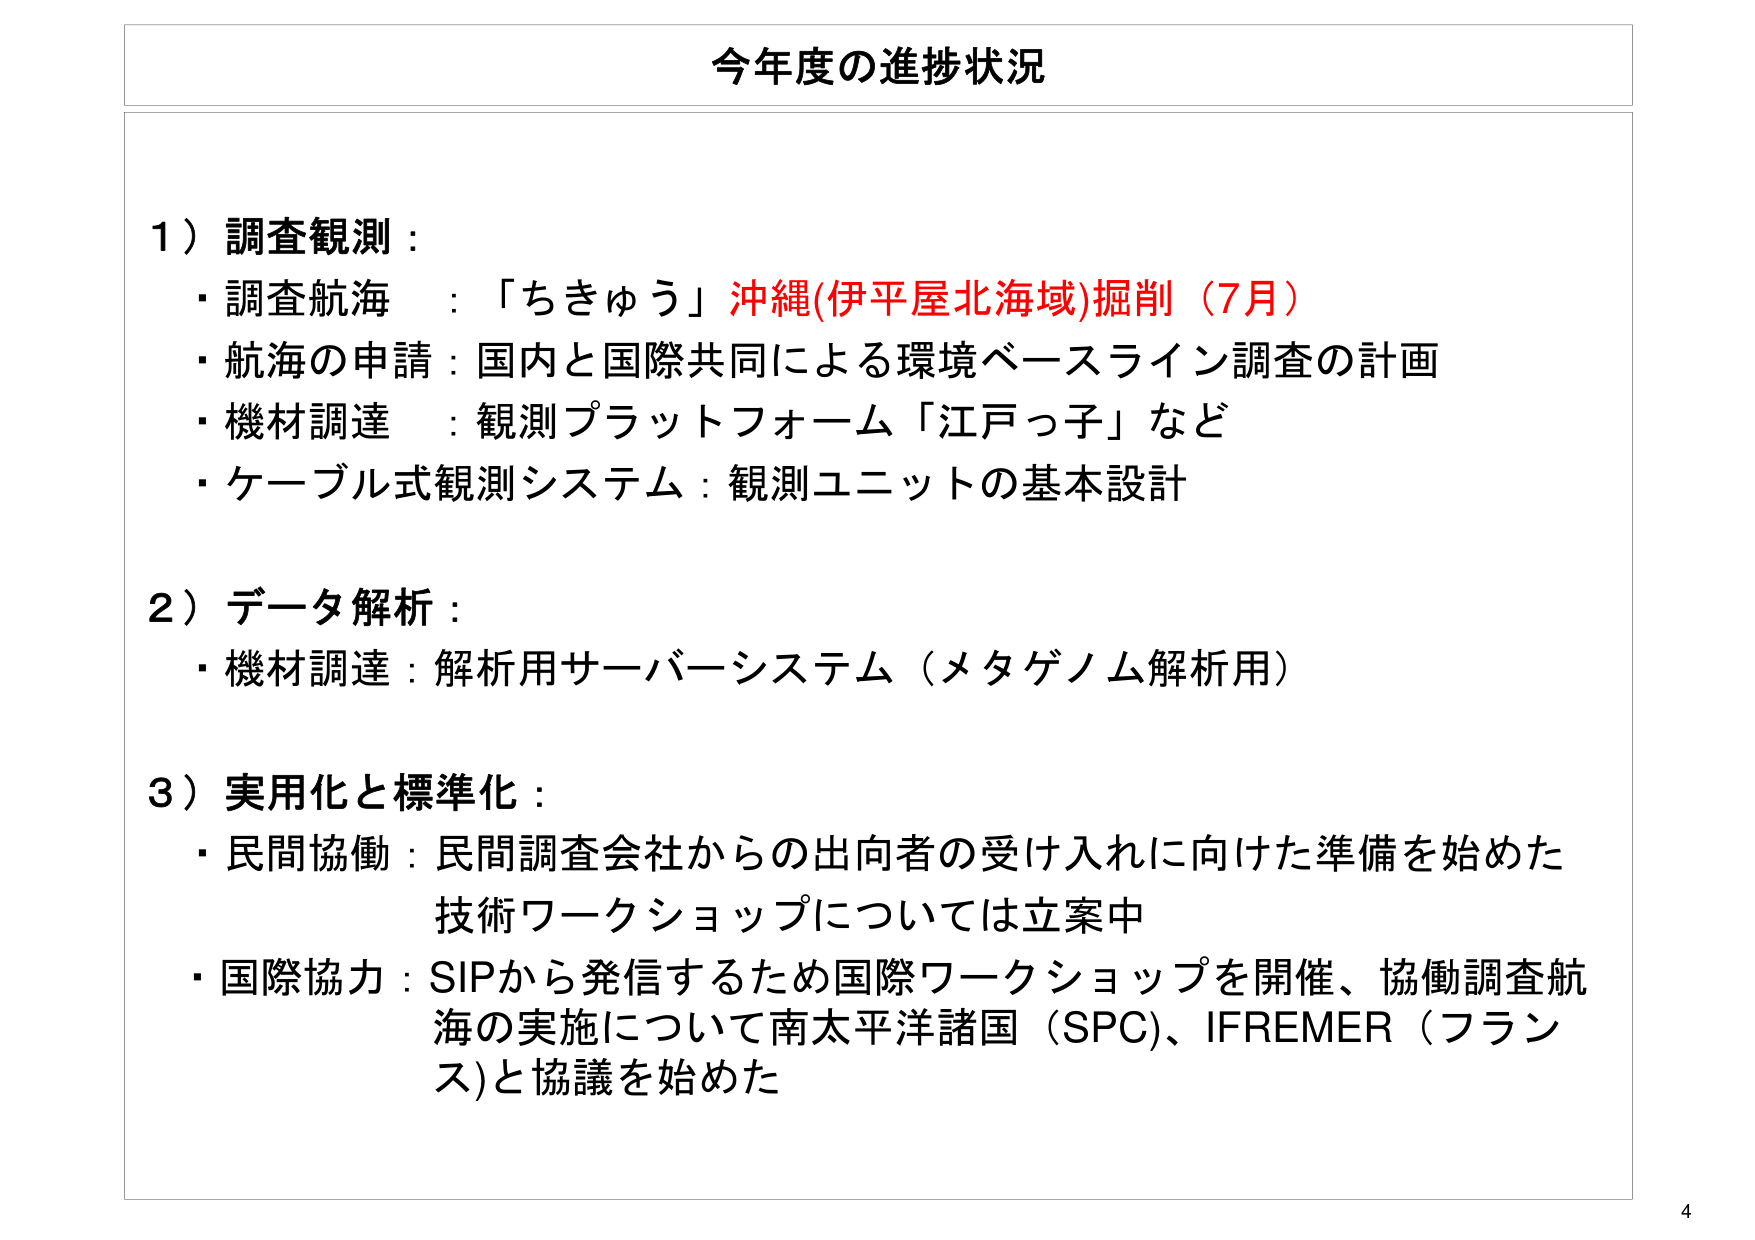
今年度の進捗状況

1）調査観測：
・調査航海 ：「ちきゅう」沖縄(伊平屋北海域)掘削（7月）
・航海の申請：国内と国際共同による環境ベースライン調査の計画
・機材調達 ：観測プラットフォーム「江戸っ子」など
・ケーブル式観測システム：観測ユニットの基本設計

2）データ解析：
・機材調達：解析用サーバーシステム（メタゲノム解析用）

3）実用化と標準化：
・民間協働：民間調査会社からの出向者の受け入れに向けた準備を始めた
　　　　　技術ワークショップについては立案中
・国際協力：SIPから発信するため国際ワークショップを開催、協働調査航海の実施について南太平洋諸国（SPC）、IFREMER（フランス）と協議を始めた

4